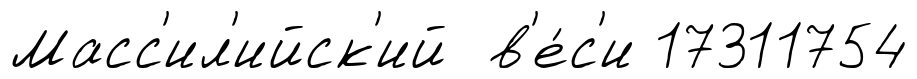
Масс'ил'ийск'ий в'е́с'и 17311754